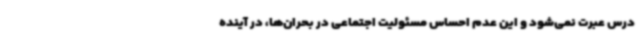
درس عبرت نمی‌شود و این عدم احساس مسئولیت اجتماعی در بحران‌ها، در آینده